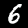
Label: 6